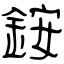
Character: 銨